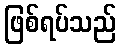
ဖြစ်ရပ်သည်